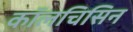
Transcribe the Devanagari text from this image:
कॉलचिसिन